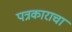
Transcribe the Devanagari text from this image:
पत्रकाराचा